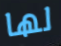
لها